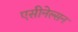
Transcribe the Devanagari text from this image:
एसीनेल्सन